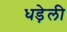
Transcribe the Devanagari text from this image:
धड़ेली